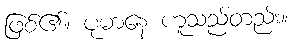
ဖြစ်၏။ ပုမာနေ ဟူသည်တည်း။